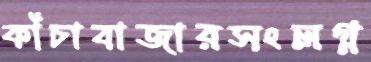
কাঁচাবাজারসংলগ্ন